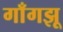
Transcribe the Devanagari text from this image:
गाँगझू